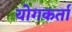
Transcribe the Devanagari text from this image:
योगकर्ता